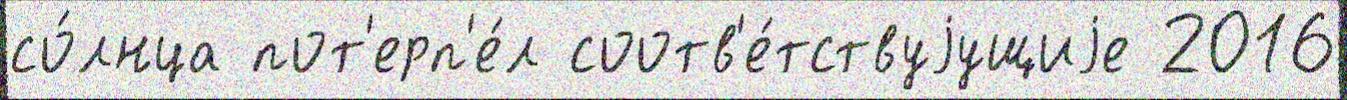
со́лнца пот'ерп'е́л соотв'е́тствуjущиjе 2016